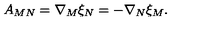
A _ { M N } = \nabla _ { M } \xi _ { N } = - \nabla _ { N } \xi _ { M } .